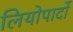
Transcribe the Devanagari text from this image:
लियोपार्दो